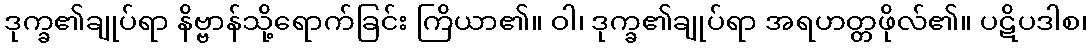
ဒုက္ခ၏ချုပ်ရာ နိဗ္ဗာန်သို့ရောက်ခြင်း ကြိယာ၏။ ဝါ၊ ဒုက္ခ၏ချုပ်ရာ အရဟတ္တဖိုလ်၏။ ပဋိပဒါစ၊